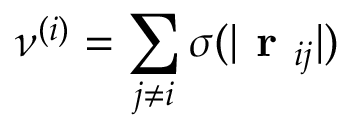
\nu ^ { ( i ) } = \sum _ { j \neq i } \sigma ( | \textbf { r } _ { i j } | )